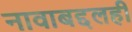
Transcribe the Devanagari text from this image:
नावाबद्दलही